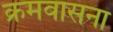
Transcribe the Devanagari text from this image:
क्रमवासना